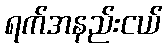
ရက်အနည်းငယ်